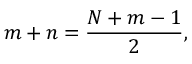
m + n = \frac { N + m - 1 } { 2 } ,